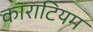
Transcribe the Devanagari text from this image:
काराटियम